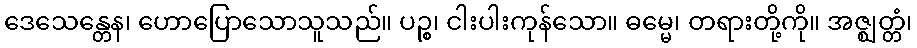
ဒေသေန္တေန၊ ဟောပြောသောသူသည်။ ပဉ္စ၊ ငါးပါးကုန်သော။ ဓမ္မေ၊ တရားတို့ကို။ အဇ္ဈတ္တံ၊